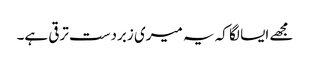
مجھے ایسا لگا کہ یہ میری زبردست ترقی ہے۔